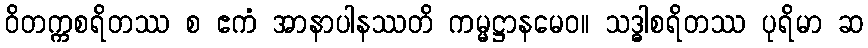
ဝိတက္ကစရိတဿ စ ဧကံ အာနာပါနဿတိ ကမ္မဋ္ဌာနမေဝ။ သဒ္ဓါစရိတဿ ပုရိမာ ဆ